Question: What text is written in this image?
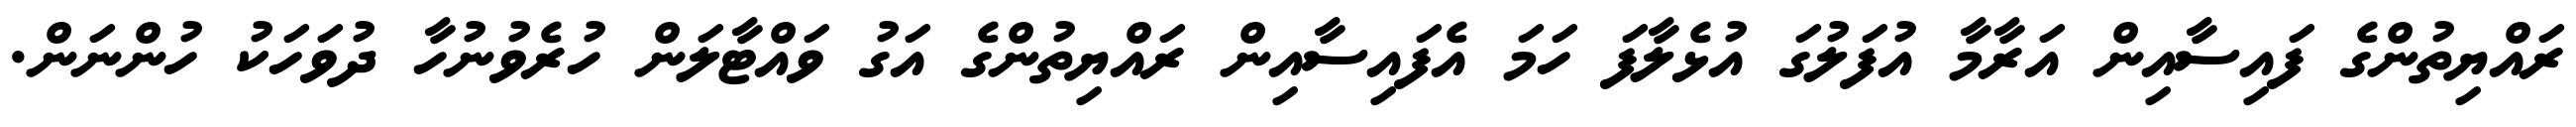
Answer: ރައްޔިތުންގެ ފައިސާއިން އަރާމާ އުފަލުގަ އުޅެލާފަ ހަމަ އެފައިސާއިން ރައްޔިތުންގެ އަގު ވައްޓާލަން ހުރެވުނުހާ ދުވަހަކު ހުންނަން.